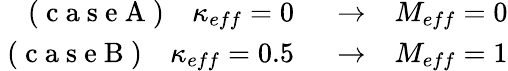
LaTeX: \begin{array}{rl}{\mathrm{~(~c~a~s~e~A~)~}~~~\kappa_{eff}=0~}&{{}\rightarrow~~~M_{eff}=0}\\ {\mathrm{~(~c~a~s~e~B~)~}~~~\kappa_{eff}=0.5~}&{{}\rightarrow~~~M_{eff}=1}\end{array}